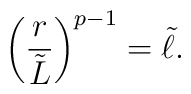
\left({r\over\tilde{L}}\right)^{p-1}=\tilde{\ell}.